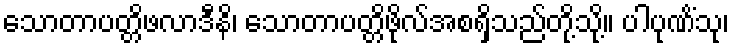
သောတာပတ္တိဖလာဒီနိ၊ သောတာပတ္တိဖိုလ်အစရှိသည်တို့သို့။ ပါပုဏိံသု၊